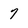
Character: 7